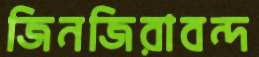
জিনজিরাবন্দ